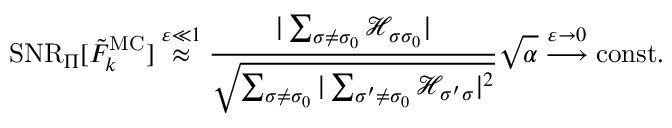
\mathrm { S N R } _ { \Pi } [ \tilde { F } _ { k } ^ { \mathrm { M C } } ] \stackrel { \varepsilon \ll 1 } { \approx } \frac { | \sum _ { \sigma \neq \sigma _ { 0 } } \mathcal { H } _ { \sigma \sigma _ { 0 } } | } { \sqrt { \sum _ { \sigma \neq \sigma _ { 0 } } | \sum _ { \sigma ^ { \prime } \neq \sigma _ { 0 } } \mathcal { H } _ { \sigma ^ { \prime } \sigma } | ^ { 2 } } } \sqrt { \alpha } \stackrel { \varepsilon \rightarrow 0 } { \longrightarrow } \mathrm { c o n s t . }